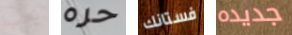
يجب حره فستانك جديده